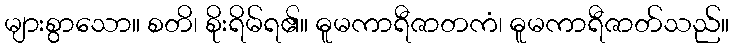
များစွာသော။ စတိ၊ စိုးရိမ်ရ၏။ ဓူမကာရီဇာတကံ၊ ဓူမကာရီဇာတ်သည်။